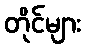
တိုင်များ